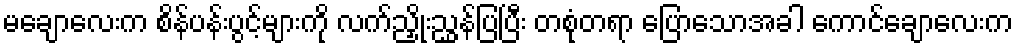
မချောလေးက စိန်ပန်းပွင့်များကို လက်ညှိုးညွှန်ပြပြီး တစုံတရာ ပြောသောအခါ ကောင်ချောလေးက